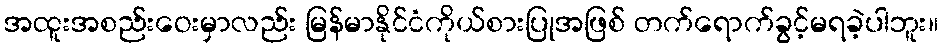
အထူးအစည်းဝေးမှာလည်း မြန်မာနိုင်ငံကိုယ်စားပြုအဖြစ် တက်ရောက်ခွင့်မရခဲ့ပါဘူး။